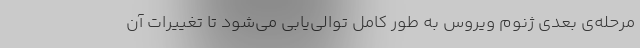
مرحله‌ی بعدی ژنوم ویروس به طور کامل توالی‌یابی می‌شود تا تغییرات آن